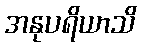
အနုပရိယာသိ